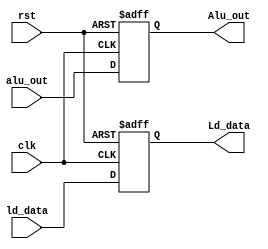
module Reg_W(
    input clk,
    input rst,
    input [31:0] alu_out,
    input [31:0] ld_data,
    output reg [31:0] Alu_out,
    output reg [31:0] Ld_data
);
always @(posedge clk or posedge rst) begin
    if(rst) begin
        Alu_out <= 32'd0;
        Ld_data <= 32'd0;
    end
    else begin
        Alu_out <= alu_out;
        Ld_data <= ld_data;
    end
end

endmodule